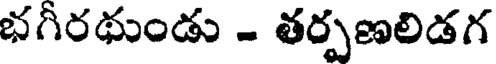
భగీరథుండు - తర్పణలిడగ